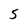
Character: 5